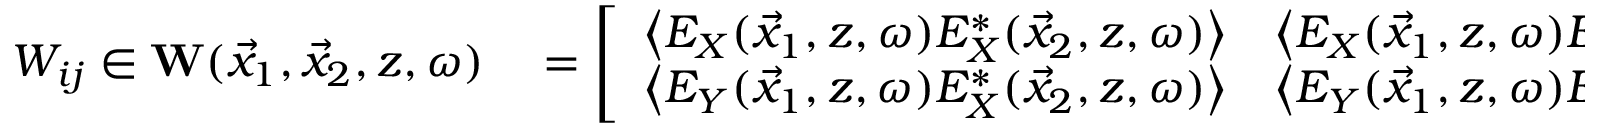
\begin{array} { r l } { W _ { i j } \in { \bf W } ( \vec { x } _ { 1 } , \vec { x } _ { 2 } , z , \omega ) } & { { } = \left[ \begin{array} { c c } { \left\langle E _ { X } ( \vec { x } _ { 1 } , z , \omega ) E _ { X } ^ { * } ( \vec { x } _ { 2 } , z , \omega ) \right\rangle } & { \left\langle E _ { X } ( \vec { x } _ { 1 } , z , \omega ) E _ { Y } ^ { * } ( \vec { x } _ { 2 } , z , \omega ) \right\rangle } \\ { \left\langle E _ { Y } ( \vec { x } _ { 1 } , z , \omega ) E _ { X } ^ { * } ( \vec { x } _ { 2 } , z , \omega ) \right\rangle } & { \left\langle E _ { Y } ( \vec { x } _ { 1 } , z , \omega ) E _ { Y } ^ { * } ( \vec { x } _ { 2 } , z , \omega ) \right\rangle } \end{array} \right] } \end{array}